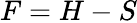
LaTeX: F=H-S